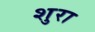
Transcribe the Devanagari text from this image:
शुरा